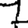
Digit: 7